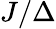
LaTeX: J/\Delta